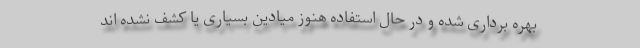
بهره برداری شده و در حال استفاده هنوز میادین بسیاری یا کشف نشده اند